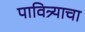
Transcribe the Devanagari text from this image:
पावित्र्याचा